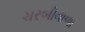
ચરબીવાળા